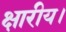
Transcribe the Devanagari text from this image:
क्षारीय।